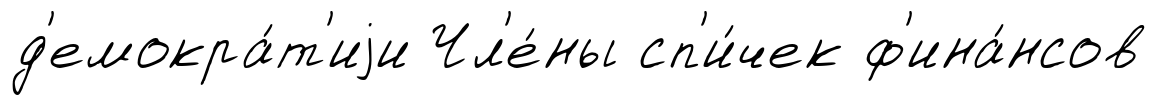
д'емокра́т'иjи Чл'е́ны сп'и́чек ф'ина́нсов